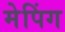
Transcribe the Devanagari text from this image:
मेपिंग